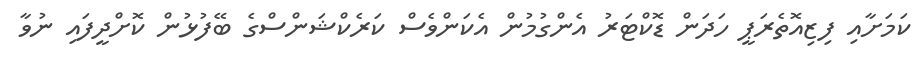
ކަމަށާއި ފިޒިއޮތެރަޕީ ހަދަން ޑޮކްޓަރު އެންގުމުން އެކަންވެސް ކަރެކްޝަންސްގެ ބޭފުޅުން ކޮށްދީފައި ނުވާ